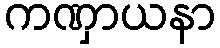
ကဏှာယနာ